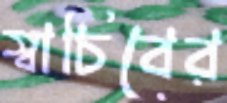
স্বাচিবের